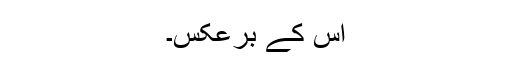
اس کے برعکس۔